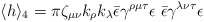
\begin{align*}\langle h\rangle_4=\pi \zeta_{\mu\nu}k_\rho k_\lambda \bar{\epsilon}\gamma^{\rho\mu\tau}\epsilon \;\bar{\epsilon}\gamma^{\lambda\nu\tau}\epsilon\end{align*}